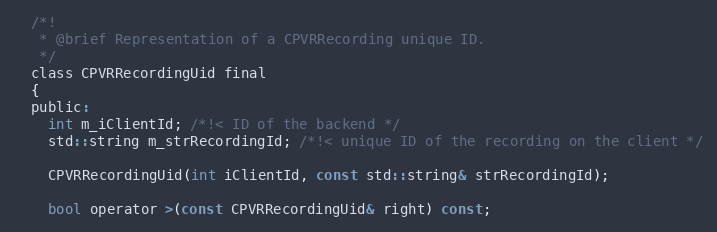
Language: C
  /*!
   * @brief Representation of a CPVRRecording unique ID.
   */
  class CPVRRecordingUid final
  {
  public:
    int m_iClientId; /*!< ID of the backend */
    std::string m_strRecordingId; /*!< unique ID of the recording on the client */

    CPVRRecordingUid(int iClientId, const std::string& strRecordingId);

    bool operator >(const CPVRRecordingUid& right) const;